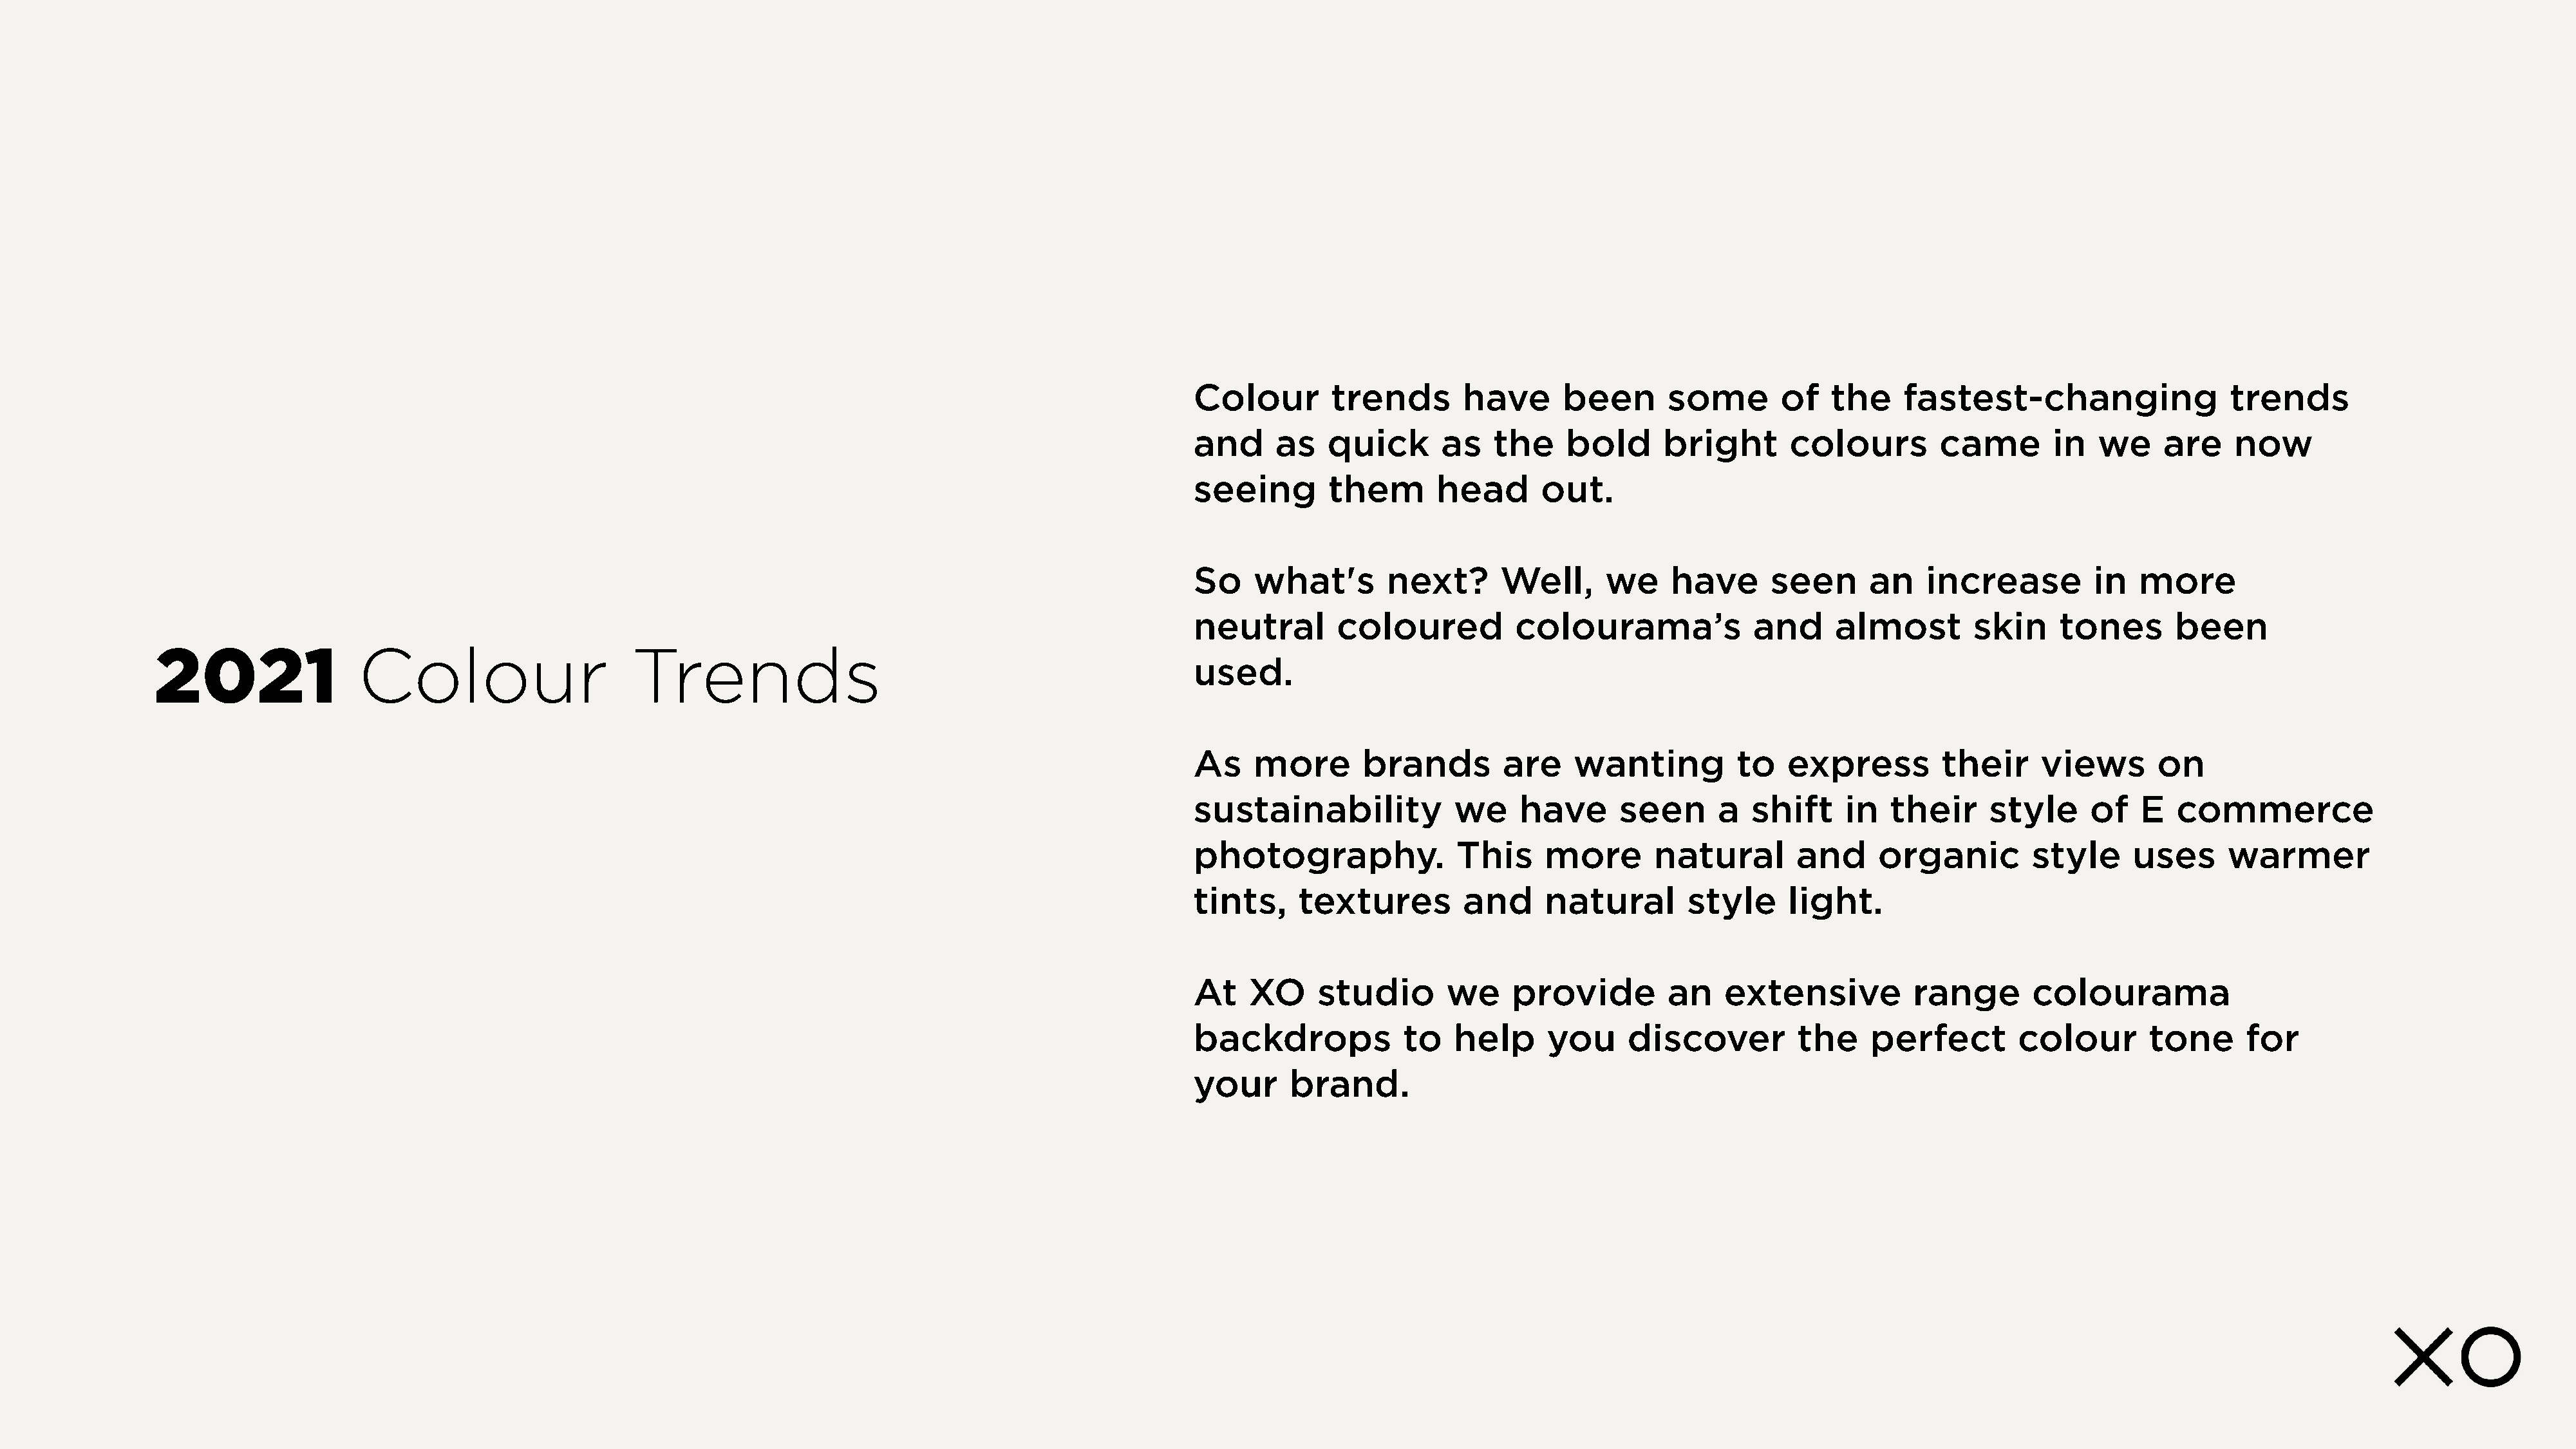
Colour        trends       have       been      some        of   the     fastest-changing                 trends
 and     as   quick       as   the     bold      bright       colours        came        in   we    are     now
 seeing        them       head      out.
 So    what's        next?      Well,      we     have      seen      an    increase         in   more
 neutral       coloured           colourama’s             and      almost        skin     tones       been
 2021                 Colour                      Trends
 used.
 As    more       brands        are     wanting         to    express         their     views       on
 sustainability            we     have      seen       a  shift     in  their     style      of   E   commerce
 photography.               This     more       natural        and     organic         style     uses      warmer
 tints,    textures         and      natural       style      light.
 At   XO     studio        we    provide         an    extensive           range       colourama
 backdrops            to   help      you     discover          the    perfect        colour        tone      for
 your      brand.